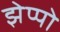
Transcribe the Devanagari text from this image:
झेप्पो